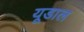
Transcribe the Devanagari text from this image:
यूडाल